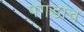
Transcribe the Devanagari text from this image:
पगडाच